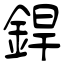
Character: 銲